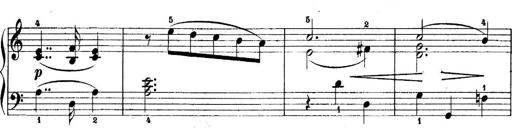
Title: 5 Sonatinas
Composer: Theodor Kirchner